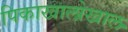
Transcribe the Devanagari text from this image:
पिकाखालोखाल